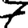
Digit: 7